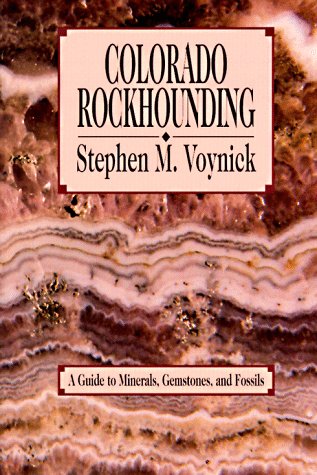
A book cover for Colorado Rockhounding: A Guide to Minerals, Gemstones, and Fossils (Rock Collecting); Stephen M. Voynick; Science & Math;